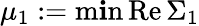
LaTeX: \mu_{1}:=\operatorname*{m\mathbf{i}n}\mathrm{{Re}}\, \Sigma_{1}